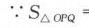
\(\because S_{\triangle OPQ}=\)